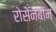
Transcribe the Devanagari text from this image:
रोसेनबॉम